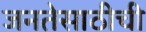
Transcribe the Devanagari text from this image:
जनतेसाठीची